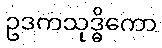
ဥဒကသုဒ္ဓိကော